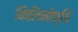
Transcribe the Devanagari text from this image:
किलिनोच्चि